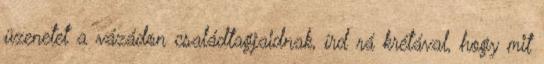
üzenetet a vázádon családtagjaidnak, írd rá krétával, hogy mit